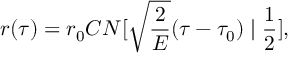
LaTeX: r ( \tau ) = r _ { 0 } C N [ \sqrt { \frac { 2 } { E } } ( \tau - \tau _ { 0 } ) \mid \frac { 1 } { 2 } ] ,